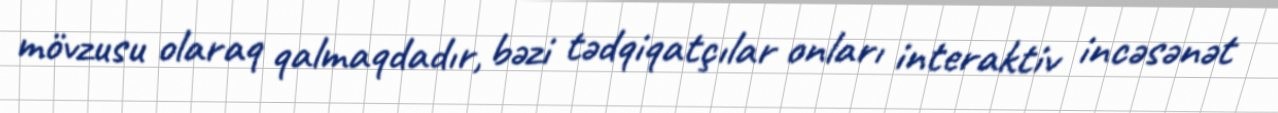
mövzusu olaraq qalmaqdadır, bəzi tədqiqatçılar onları interaktiv incəsənət